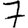
Digit: 7